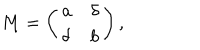
M = \left( \begin{array} { l l } { { a } } & { { \delta } } \\ { { \delta } } & { { b } } \\ \end{array} \right) ,